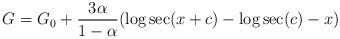
LaTeX: \begin{align*} G = G_{0} + \frac{3\alpha}{1- \alpha}(\log \sec (x+c) - \log \sec (c)-x)\end{align*}